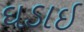
ઘડાઇ